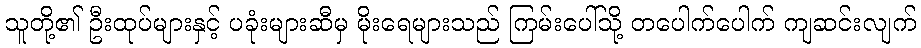
သူတို့၏ ဦးထုပ်များနှင့် ပခုံးများဆီမှ မိုးရေများသည် ကြမ်းပေါ်သို့ တပေါက်ပေါက် ကျဆင်းလျက်